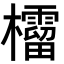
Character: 𣠚